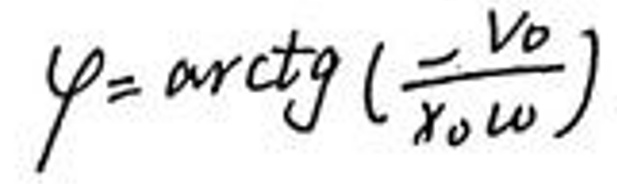
$\varphi = \arctg ( \frac { v _ { 0 } } { x _ { 0 } \omega } )$